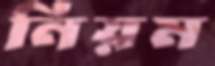
নিয়ম